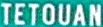
TETOUAN